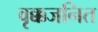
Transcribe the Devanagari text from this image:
वृक्कजनित